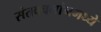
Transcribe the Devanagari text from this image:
संतवचनांनमध्ये